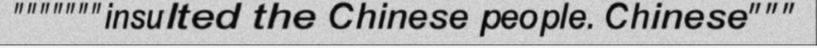
"""""""insulted the Chinese people. Chinese"""